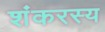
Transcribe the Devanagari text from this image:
शंकरस्य